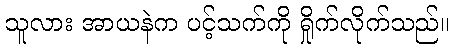
သူလား အာယနဲက ပင့်သက်ကို ရှိုက်လိုက်သည်။